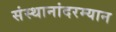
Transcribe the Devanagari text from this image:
संस्थानांदरम्यान